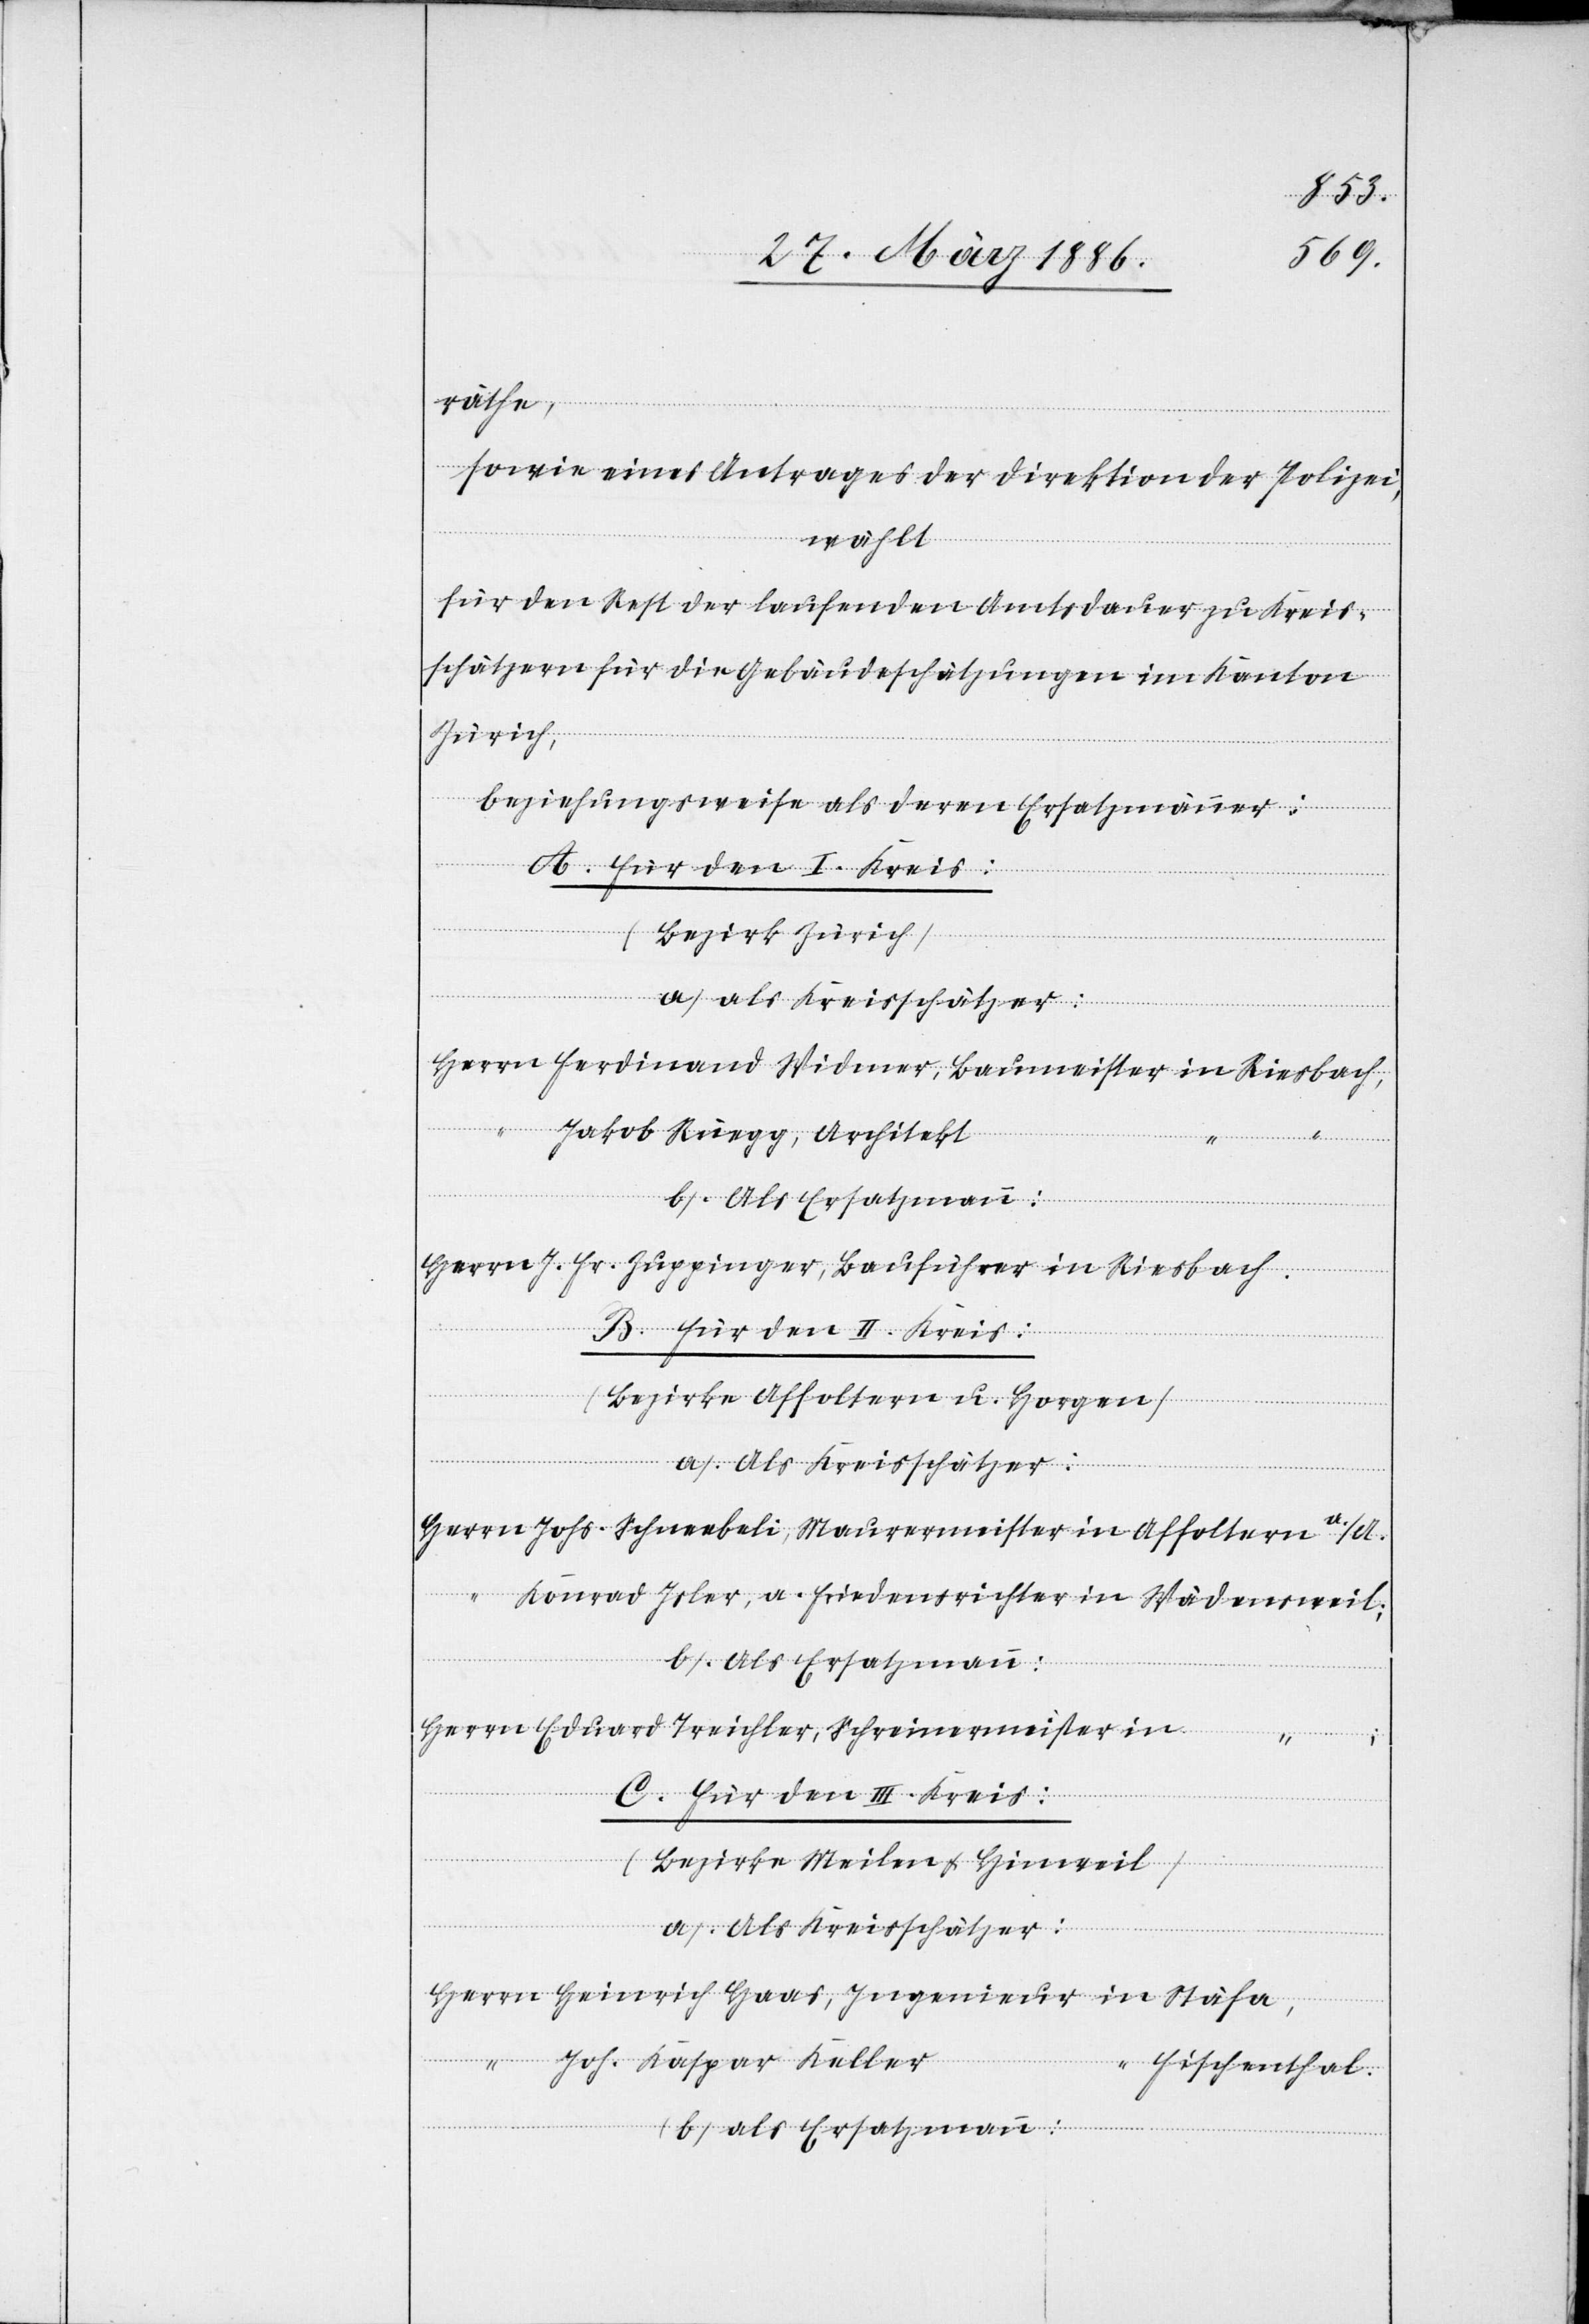
räthe,
sowie eines Antrages der Direktion der Polizei,
wählt
für den Rest der laufenden Amtsdauer zu Kreis¬
schätzern für die Gebäudeschätzungen im Kanton
Zürich,
beziehungsweise als deren Ersatzmänner:
A. Für den I. Kreis:
(Bezirk Zürich)
Herrn Ferdinand Widmer, Baumeister in Riesbach,
“ Jakob Rüegg, Architekt
Herrn J. Fr. Zuppinger, Bauführer in Riesbach.
B. Für den II. Kreis:
(Bezirke Affoltern u. Horgen)
Herrn Johs. Schneebeli, Maurermeister in Affolter a./A.
Konrad Isler, a. Friedenrichter in Wädensweil;
b) Als Ersatzmann:
Herrn Eduard Treichler, Schreinermeister in
C. Für den III. Kreis:
(Bezirke Meilen & Hinweil)
a) Als Kreisschätzer:
Herrn Heinrich Haas, Ingenieur in Stäfa,
“ Joh. Kaspar Keller
“ Fischenthal.